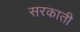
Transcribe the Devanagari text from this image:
सरकाती